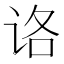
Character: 𰵤